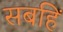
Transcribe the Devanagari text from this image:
सबहिं